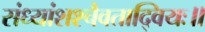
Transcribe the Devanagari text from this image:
संध्यांशश्चैवताद्वियः॥